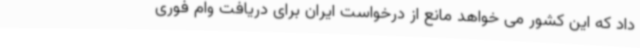
داد که این کشور می خواهد مانع از درخواست ایران برای دریافت وام فوری